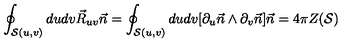
\oint _ { { \cal S } ( u , v ) } d u d v \vec { R } _ { u v } \vec { n } = \oint _ { { \cal S } ( u , v ) } d u d v [ \partial _ { u } \vec { n } \wedge \partial _ { v } \vec { n } ] \vec { n } = 4 \pi Z ( { \cal S } )